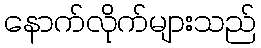
နောက်လိုက်များသည်